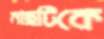
মাছটিকে